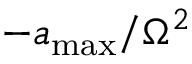
- a _ { \mathrm { m a x } } / \Omega ^ { 2 }